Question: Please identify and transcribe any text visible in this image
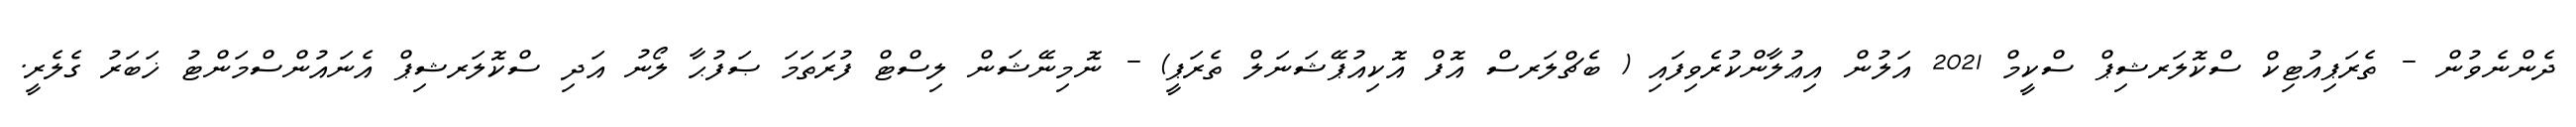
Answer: ދެންނެވުން - ތެރަޕިއުޓިކް ސްކޮލަރޝިޕް ސްކީމް 2021 އަލުން އިޢުލާންކުރެވިފައި ( ބެޗްލަރސް އޮފް އޮކިއުޕޭޝަނަލް ތެރަޕީ) - ނޮމިނޭޝަން ލިސްޓް ފުރަތަމަ ޞަފުޙާ ލޯނު އަދި ސްކޮލަރޝިޕް އެނައުންސްމަންޓު ޚަބަރު ގެލެރީ.